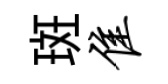
斑隹